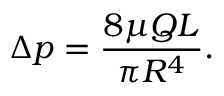
\Delta p = { \frac { 8 \mu Q L } { \pi R ^ { 4 } } } .